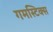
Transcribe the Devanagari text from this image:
गमस्टिक्स